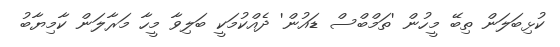
ކުޅިބަލަން ތިބޭ މީހުން 'ތަމްބްސް ޑައުން' ދެއްކުމަކީ ބަލިވާ މީހާ މަރާލަން ކާމިޔާބު